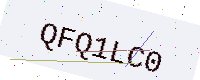
Text: QFQ1LC0